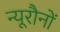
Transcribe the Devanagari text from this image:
न्यूरौनों